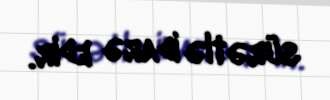
sürətlə idarə edir.